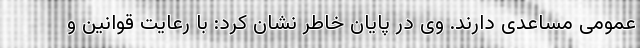
عمومی مساعدی دارند. وی در پایان خاطر نشان کرد: با رعایت قوانین و